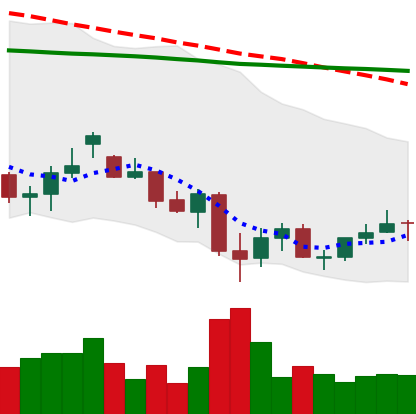
Ticker: LINK-USD
Chart end date: 2021-06-30
Forward return: -5.773%
Label: down_5_7